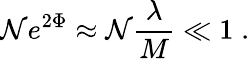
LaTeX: \mathcal{N}e^{2\Phi}\approx\mathcal{N}{\frac{{\lambda}}{{M}}}\ll1\; .